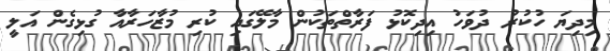
މިދިޔަ ހުކުރު ދުވަހު އިދިކޮޅު ފަރާތްތަކުން މާލޭގައި ކުރި މުޒާހަރާއާ ގުޅިގެން އަލީ